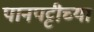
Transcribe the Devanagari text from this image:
पानपट्टीच्या